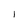
Character: I